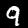
Label: 9